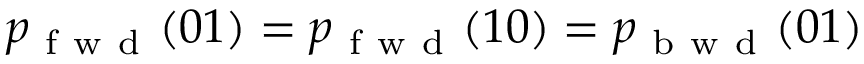
p _ { \mathrm { ~ f ~ w ~ d ~ } } ( 0 1 ) = p _ { \mathrm { ~ f ~ w ~ d ~ } } ( 1 0 ) = p _ { \mathrm { ~ b ~ w ~ d ~ } } ( 0 1 )